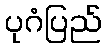
ပုဂံပြည်